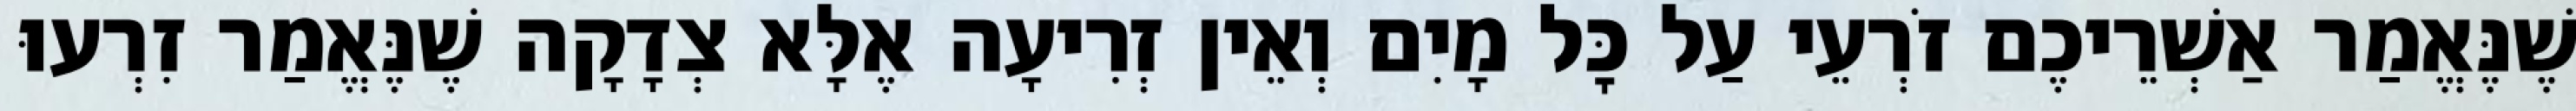
שֶׁנֶּאֱמַר אַשְׁרֵיכֶם זֹרְעֵי עַל כׇּל מָיִם וְאֵין זְרִיעָה אֶלָּא צְדָקָה שֶׁנֶּאֱמַר זִרְעוּ